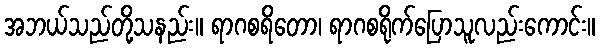
အဘယ်သည်တို့သနည်း။ ရာဂစရိတော၊ ရာဂစရိုက်ပြောသူလည်းကောင်း။